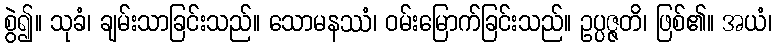
စွဲ၍။ သုခံ၊ ချမ်းသာခြင်းသည်။ သောမနဿံ၊ ဝမ်းမြောက်ခြင်းသည်။ ဥပ္ပဇ္ဇတိ၊ ဖြစ်၏။ အယံ၊